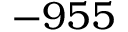
- 9 5 5